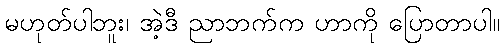
မဟုတ်ပါဘူး၊ အဲ့ဒီ ညာဘက်က ဟာကို ပြောတာပါ။